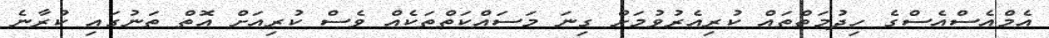
އެމްއެސްއެސްގެ ހިދުމަތްތައް ކުރިއެރުވުމަށް ގިނަ މަސައްކަތްތަކެއް ވެސް ކުރިއަށް އޮތް ތަނުގައި ކުރާނެ